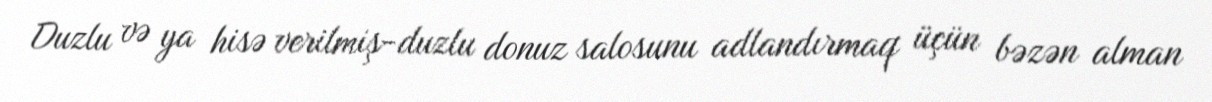
Duzlu və ya hisə verilmiş-duzlu donuz salosunu adlandırmaq üçün bəzən alman